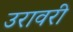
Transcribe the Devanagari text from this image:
उरावरी